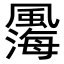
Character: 𩘫